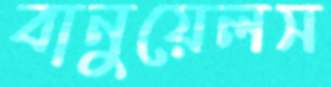
বানুয়েলস